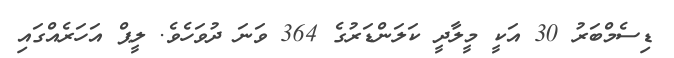
ޑިސެމްބަރު 30 އަކީ މީލާދީ ކަލަންޑަރުގެ 364 ވަނަ ދުވަހެވެ. ލީޕް އަހަރެއްގައި